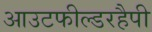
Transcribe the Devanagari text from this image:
आउटफील्डरहैपी